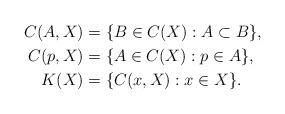
LaTeX: \begin{align*}C(A,X) & = \{B\in C(X):A\subset B\} , \\C(p,X) & = \{ A \in C(X) :p\in A \}, \\K(X) & = \{C(x,X):x\in X\}.\end{align*}